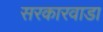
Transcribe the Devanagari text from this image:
सरकारवाडा